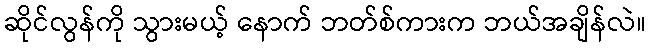
ဆိုင်လွန်ကို သွားမယ့် နောက် ဘတ်စ်ကားက ဘယ်အချိန်လဲ။